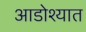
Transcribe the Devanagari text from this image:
आडोश्यात